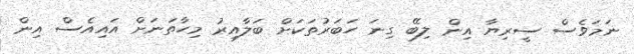
ނަމަވެސް ސީރިޔާ އިން ލިބޭ ގިނަ ހަބަރުތަކަށް ބަލާއިރު މިހާތަނަށް އައިއެސް އިން